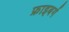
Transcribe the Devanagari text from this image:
फ्राइबर्ग